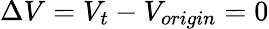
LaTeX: \Delta V=V_{t}-V_{origin}=0